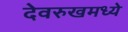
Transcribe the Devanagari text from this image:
देवरुखमध्ये